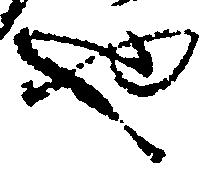
也